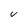
Character: V